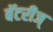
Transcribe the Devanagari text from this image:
बॅटरीज्